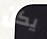
يكن